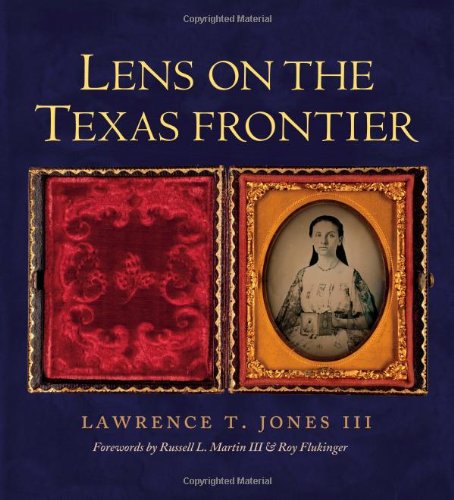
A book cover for Lens on the Texas Frontier; Lawrence T. Jones III; Humor & Entertainment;